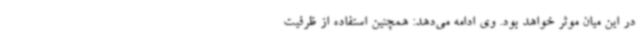
در این میان موثر خواهد بود. وی ادامه می‌دهد: همچنین استفاده از ظرفیت